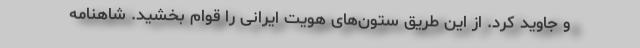
و جاوید کرد. از این طریق ستون‌های هویت ایرانی را قوام بخشید. شاهنامه